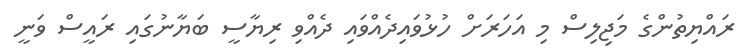
ރައްޔިތުންގެ މަޖިލިސް މި އަހަރަށް ހުޅުވައިދެއްވައި ދެއްވި ރިޔާސީ ބަޔާނުގައި ރައީސް ވަނީ